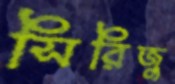
সিরিজু